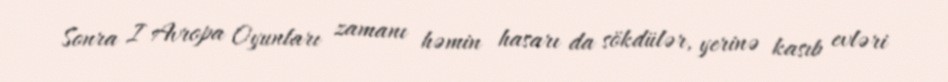
Sonra I Avropa Oyunları zamanı həmin hasarı da sökdülər, yerinə kasıb evləri